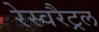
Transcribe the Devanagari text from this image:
रेस्वरैट्रल